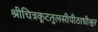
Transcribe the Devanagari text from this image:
श्रीचित्रकूटतुलसीपीठाधीश्वर